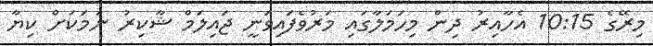
މިރޭގެ 10:15 އެހާއިރު ދިން މިހަމަލާގައި މަރުވެފައިވަނީ ޖައިލަމް ޝާކިރު ނަމަކަށް ކިޔާ